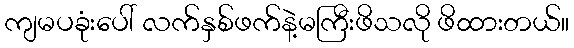
ကျမပခုံးပေါ် လက်နှစ်ဖက်နဲ့မကြီးဖိသလို ဖိထားတယ်။